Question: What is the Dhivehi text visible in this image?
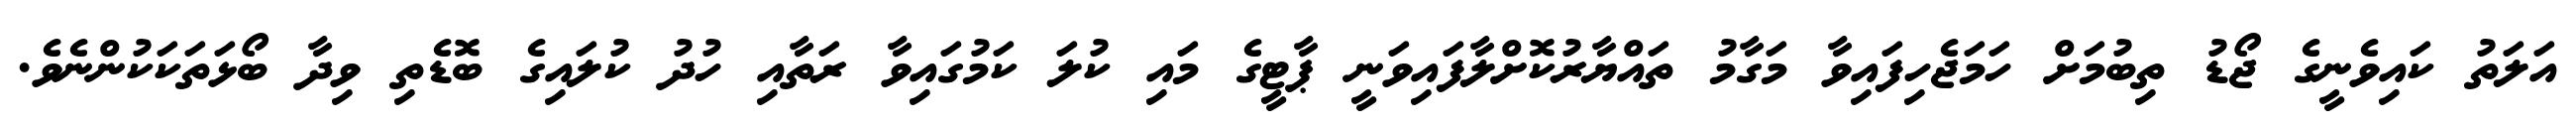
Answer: އަލަތު ކައިވެނީގެ ޖޯޑު ތިބުމަށް ހަމަޖެހިފައިވާ މަގާމު ތައްޔާރުކޮށްލާފައިވަނީ ޕާޓީގެ މައި ކުލަ ކަމުގައިވާ ރަތާއި ހުދު ކުލައިގެ ބޮޑެތި ވިދާ ބޯޅަތަކަކުންނެވެ.